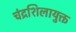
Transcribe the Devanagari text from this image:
चंद्रशिलायुक्त